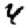
Digit: 4